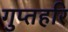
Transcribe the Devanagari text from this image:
गुप्तहरि